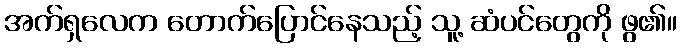
အက်ရှလေက တောက်ပြောင်နေသည့် သူ့ ဆံပင်တွေကို ဖွ၏။